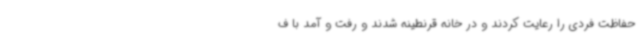
حفاظت فردی را رعایت کردند و در خانه قرنطینه شدند و رفت و آمد با ف